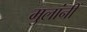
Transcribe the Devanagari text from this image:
मुलांनीं